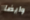
وايضا